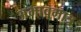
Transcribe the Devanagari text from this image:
अभावमात्र